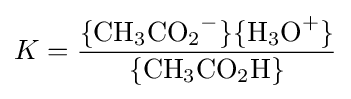
K={\frac {\{{\mathrm {CH} {\vphantom {A}}_{\smash[{t}]{3}}\mathrm {CO} {\vphantom {A}}_{\smash[{t}]{2}}{\vphantom {A}}^{-}}\}\{{\mathrm {H} {\vphantom {A}}_{\smash[{t}]{3}}\mathrm {O} {\vphantom {A}}^{+}}\}}{\{\mathrm {CH} {\vphantom {A}}_{\smash[{t}]{3}}\mathrm {CO} {\vphantom {A}}_{\smash[{t}]{2}}\mathrm {H} \}}}